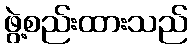
ဖွဲ့စည်းထားသည်